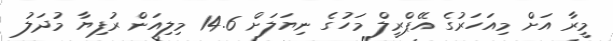
މީރާ އަށް މިއަހަރުގެ އޭޕްރީލް މަހުގެ ނިޔަލަށް 14.6 މިލިއަން ރުފިޔާ މުދަލު